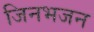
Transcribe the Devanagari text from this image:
जिनभजन